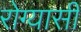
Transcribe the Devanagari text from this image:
रोग्यासी